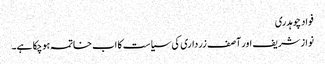
فواد چوہدری
نوازشریف اور آصف زرداری کی سیاست کا اب خاتمہ ہوچکا ہے۔